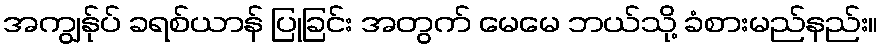
အကျွန်ုပ် ခရစ်ယာန် ပြုခြင်း အတွက် မေမေ ဘယ်သို့ ခံစားမည်နည်း။